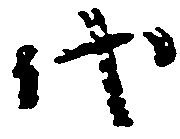
代